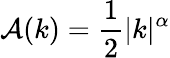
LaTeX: \mathcal{A}(k)=\frac{1}{2}\lvert k\rvert^{\alpha}